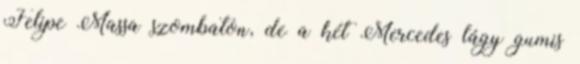
Felipe Massa szombaton, de a két Mercedes lágy gumis